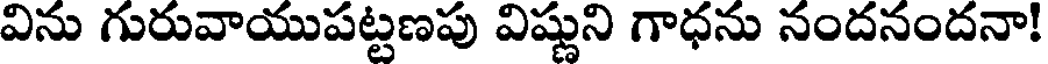
విను గురువాయుపట్టణపు విష్ణుని గాధను నందనందనా!